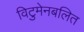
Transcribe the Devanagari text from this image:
विटुमेनबलित